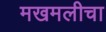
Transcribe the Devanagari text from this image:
मखमलीचा